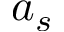
a _ { s }